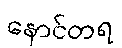
နောင်တရ